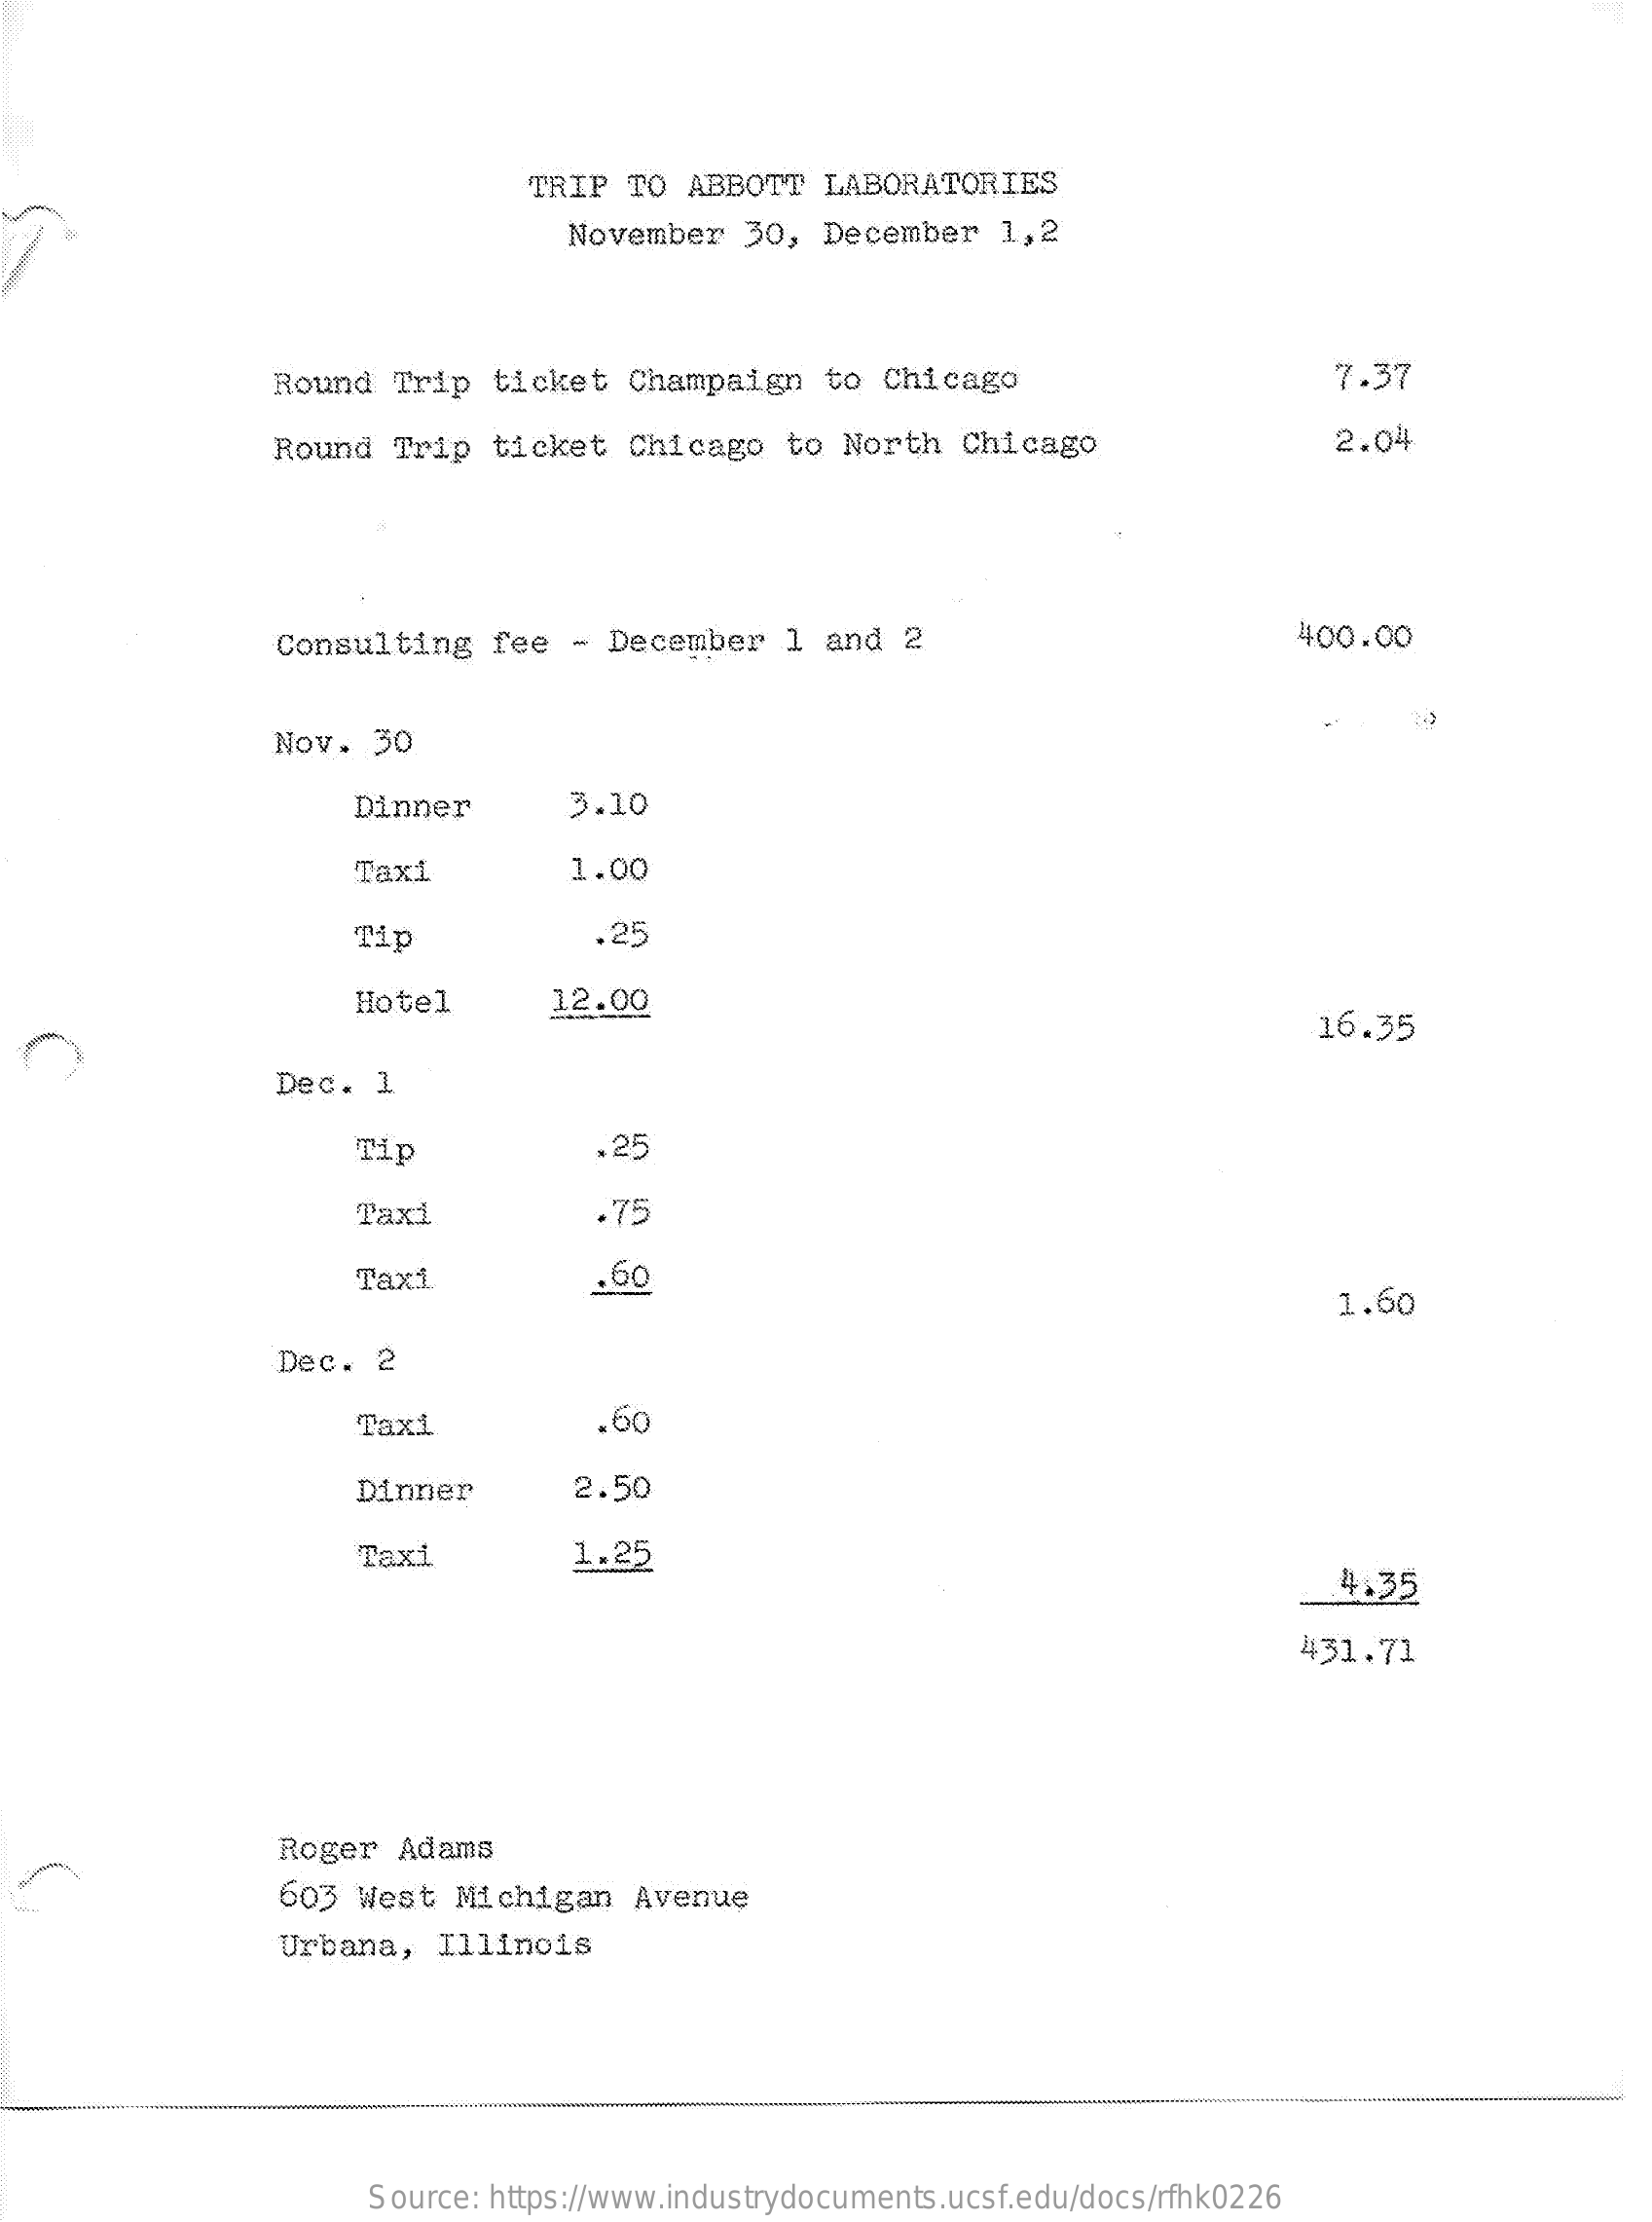
TRIP  TO ABBOTT   LABORATORIES
     November   30,  December    1,2
     Round  Trip   ticket   Champaign    to Chicago    7.37
     Round   Trip  ticket   Chicago   to North   Chicago    2.04
     Consulting    fee  - December    1  and  2    400.00
     Nov.  30
     Dinner    3.10
     Taxi    1.00
     Tip    .25
     Hotel    12.00
     16.35
     Dec.  1
     Tip    .25
     Taxi    .75
     Taxi    .60
     1.60
     Dec.   2
     Taxi    .60
     Dinner    2.50
     Taxi    1.25
     4.35
     431.71
     Roger   Adams
     603  West  Michigan    Avenue
     Urbana,   Illinois
     Source: https://www.industrydocuments.ucsf.edu/docs/rfhk0226